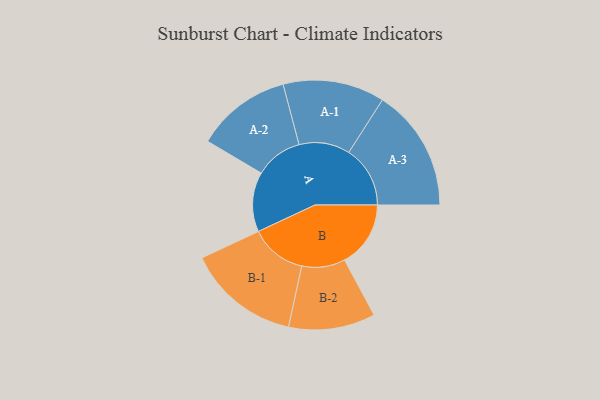
{"axis": {"x": "Segment", "y": "Value"}, "legend": ["", "A", "B"], "data": [{"x": "A", "y": 278, "type": ""}, {"x": "B", "y": 308, "type": ""}, {"x": "A-1", "y": 237, "type": "A"}, {"x": "A-2", "y": 222, "type": "A"}, {"x": "A-3", "y": 286, "type": "A"}, {"x": "B-1", "y": 263, "type": "B"}, {"x": "B-2", "y": 202, "type": "B"}]}